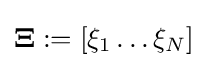
\mathbf {\Xi } :=\left[\xi _{1}\dots \xi _{N}\right]